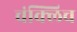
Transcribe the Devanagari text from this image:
चंक्लिच